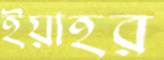
ইয়াহর